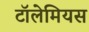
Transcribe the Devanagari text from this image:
टॉलेमियस